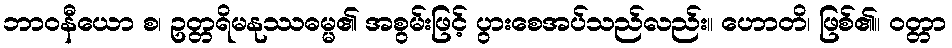
ဘာဝနီယော စ၊ ဥတ္တရိမနုဿဓမ္မ၏ အစွမ်းဖြင့် ပွားစေအပ်သည်လည်း။ ဟောတိ၊ ဖြစ်၏။ ဝတ္တာ